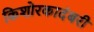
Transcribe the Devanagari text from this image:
किशोरकादंबरी